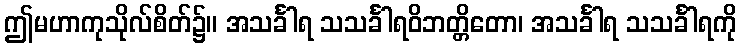
ဤမဟာကုသိုလ်စိတ်၌။ အသင်္ခါရ သသင်္ခါရဝိဘတ္တိတော၊ အသင်္ခါရ သသင်္ခါရကို